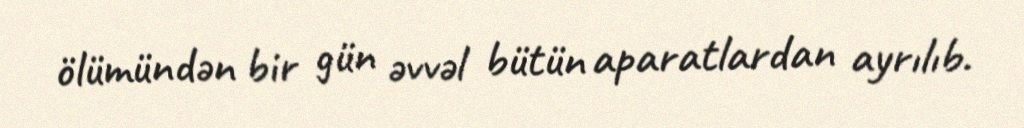
ölümündən bir gün əvvəl bütün aparatlardan ayrılıb.